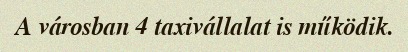
A városban 4 taxivállalat is működik.